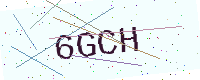
Text: 6GCH